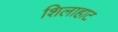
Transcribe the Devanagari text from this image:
शिलाहाट